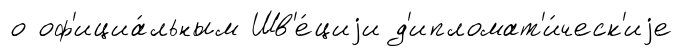
о оф'ициа́льным Шв'е́циjи д'ипломат'и́ческ'иjе